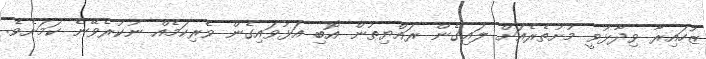
ޒުހައިރާ ވިދާޅުވީ މުށުތެރެއަށް ލައިގެން ރައްޔިތުން އޮބި އަޅުވައިގެން ވެރިކަމެއް ނުކުރެވޭނެ ކަމަށެވެ.